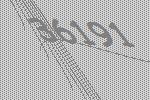
36191